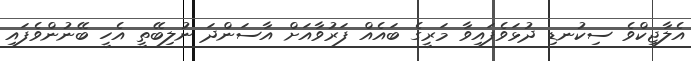
އެލާޖިކްވެ ސިކުނޑި ދުޅަވެފައިވާ މަރީގެ ބައެއް ފަރުވާއަށް އާސަންދަ ނުލިބޭތީ އެހީ ބޭނުންވެފައި